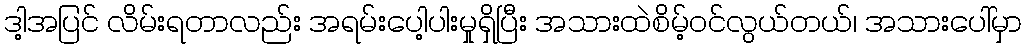
ဒါ့အပြင် လိမ်းရတာလည်း အရမ်းပေါ့ပါးမှုရှိပြီး အသားထဲစိမ့်ဝင်လွယ်တယ်၊ အသားပေါ်မှာ